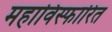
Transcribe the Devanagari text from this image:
महाविस्फारित